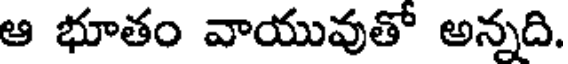
ఆ భూతం వాయువుతో అన్నది.